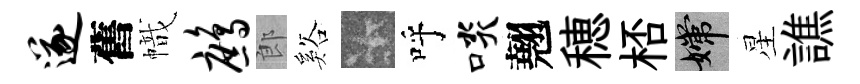
遂舊幟鹧郎谿卡呼啖翹穂桮嫦星譙